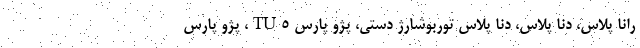
رانا پلاس، دنا پلاس، دنا پلاس توربوشارژ دستی، پژو پارس TU5، پژو پارس